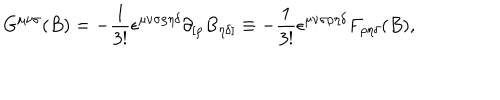
G ^ { { \mu } { \nu } { \sigma } } ( B ) = - { \frac { 1 } { 3 ! } } { \epsilon } ^ { { \mu } { \nu } { \sigma } { \rho } { \eta } { \delta } } { \partial } _ { [ { \rho } } B _ { { \eta } { \delta } ] } \equiv - { \frac { 1 } { 3 ! } } { \epsilon } ^ { { \mu } { \nu } { \sigma } { \rho } { \eta } { \delta } } F _ { { \rho } { \eta } { \delta } } ( B ) ,